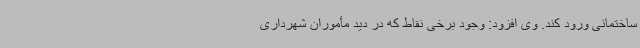
ساختمانی ورود کند. وی افزود: وجود برخی نقاط که در دید مأموران شهرداری